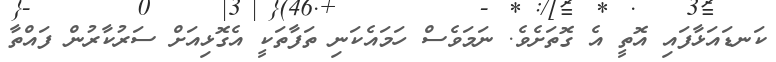
ކަނޑައަޅާފައި އޮތީ އެ ގޮތަށެވެ. ނަމަވެސް ހަމައެކަނި ތަފާތަކީ އެގޮޅިއަށް ސަރުކާރުން ފައްތާ